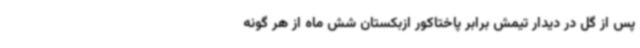
پس از گل در دیدار تیمش برابر پاختاکور ازبکستان شش ماه از هر گونه